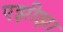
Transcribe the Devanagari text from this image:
एझीझा